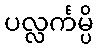
ပလ္လင်္ကမ္ပိ